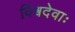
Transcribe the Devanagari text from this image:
विश्वदेवाः